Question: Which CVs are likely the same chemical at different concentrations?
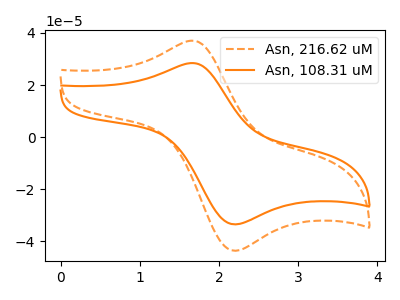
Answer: <think>The orange dashed curve "Asn, 216.62 uM" has an anodic peak at (1.65V, 37.05uA) and a cathodic peak at (2.20V, -43.60uA). The orange curve "Asn, 108.31 uM" has an anodic peak at (1.65V, 28.45uA) and a cathodic peak at (2.20V, -33.50uA).
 All the peaks in "Asn, 216.62 uM" have a peak in "Asn, 108.31 uM" at the same potential. Every peak in "Asn, 216.62 uM" is higher than every peak in "Asn, 108.31 uM".</think>
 <answer>"Asn, 216.62 uM" and "Asn, 108.31 uM" have the same shape and are likely CV's of the same chemical.</answer>
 <eval>"Asn, 216.62 uM" "Asn, 108.31 uM"</eval>